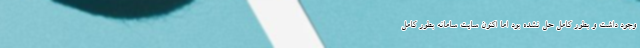
وجود داشت و بطور کامل حل نشده بود اما اکنون سایت سامانه بطور کامل